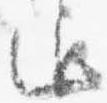
通